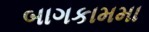
બાગકામમા